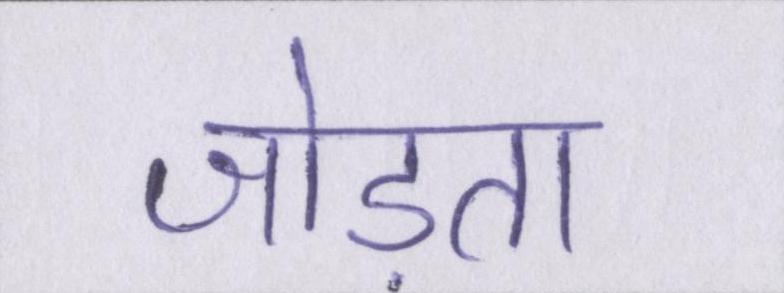
जोड़ता